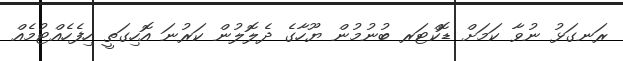
ރަނގަޅު ނުވާ ކަމަށް ޑޮކްޓަރ ބުނުމުން ޔޫހާގެ ދެލޮލުން ކަރުނަ އޮހިގަތީ ހިފެހެއްޓުމެއް